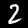
Digit: 2